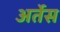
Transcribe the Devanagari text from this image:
अर्तेस